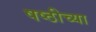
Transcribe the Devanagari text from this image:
षष्ठीच्या